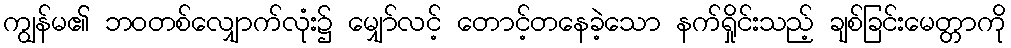
ကျွန်မ၏ ဘဝတစ်လျှောက်လုံး၌ မျှော်လင့် တောင့်တနေခဲ့သော နက်ရှိုင်းသည့် ချစ်ခြင်းမေတ္တာကို